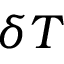
\delta T